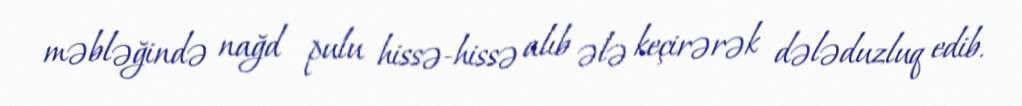
məbləğində nağd pulu hissə-hissə alıb ələ keçirərək dələduzluq edib.